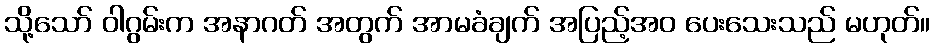
သို့သော် ဝါဂွမ်းက အနာဂတ် အတွက် အာမခံချက် အပြည့်အဝ ပေးသေးသည် မဟုတ်။